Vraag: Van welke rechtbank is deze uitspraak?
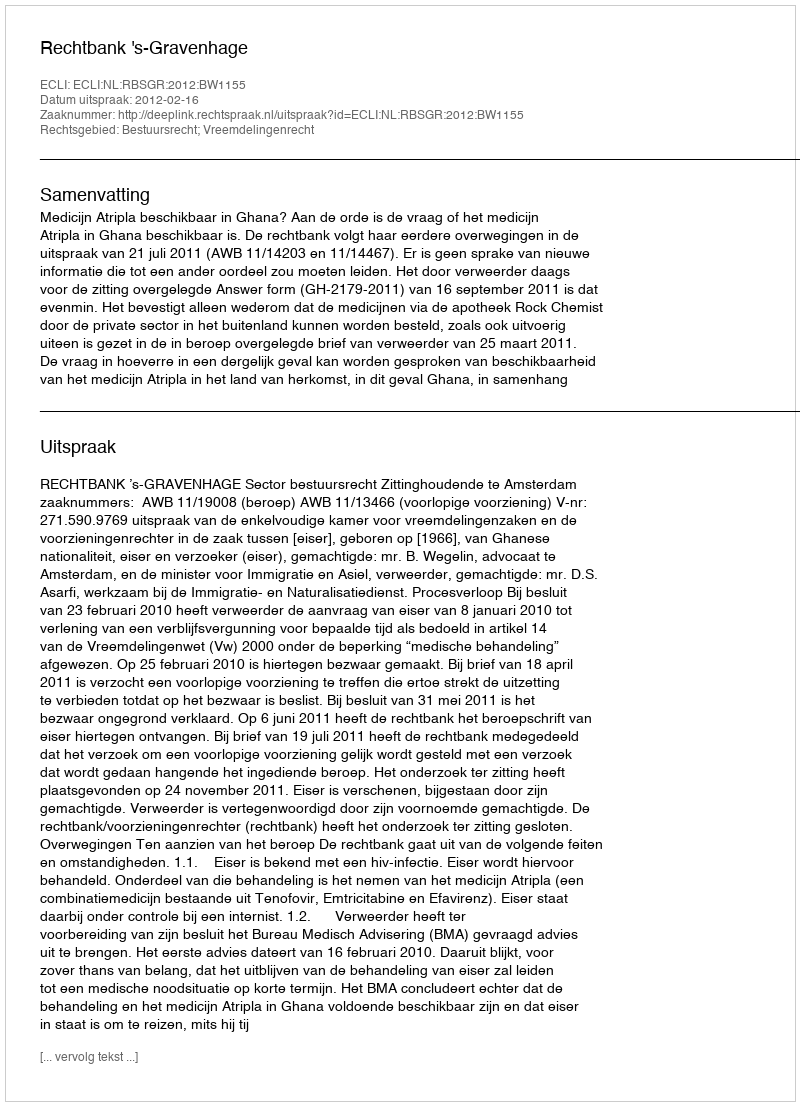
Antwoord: Rechtbank 's-Gravenhage